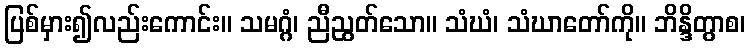
ပြစ်မှား၍လည်းကောင်း။ သမဂ္ဂံ၊ ညီညွတ်သော။ သံဃံ၊ သံဃာတော်ကို။ ဘိန္ဒိတွာစ၊